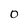
Character: 0